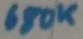
Text: 680K